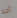
أحد